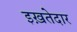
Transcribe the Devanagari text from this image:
इख़तेदार